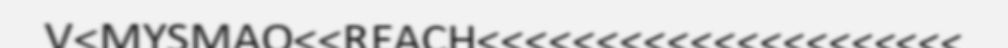
V<MYSMAO<<REACH<<<<<<<<<<<<<<<<<<<<<